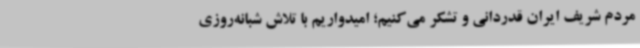
مردم شریف ایران قدردانی و تشکر می‌کنیم؛ امیدواریم با تلاش شبانه‌روزی